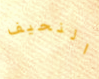
النحيف